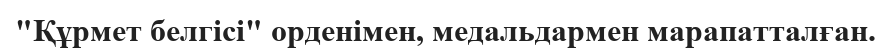
"Құрмет белгісі" орденімен, медальдармен марапатталған.